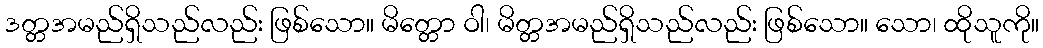
ဒတ္တအမည်ရှိသည်လည်း ဖြစ်သော။ မိတ္တော ဝါ၊ မိတ္တအမည်ရှိသည်လည်း ဖြစ်သော။ သော၊ ထိုသူကို။